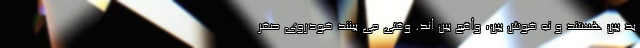
بد بین هستند و نه خوش بین، واقع بین اند. وقتی می بینند خودروی صفر